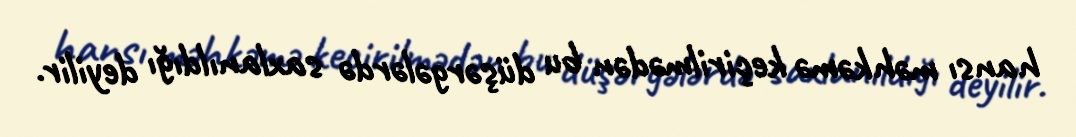
hansı məhkəmə keçirilmədən bu düşərgələrdə saxlanıldığı deyilir.